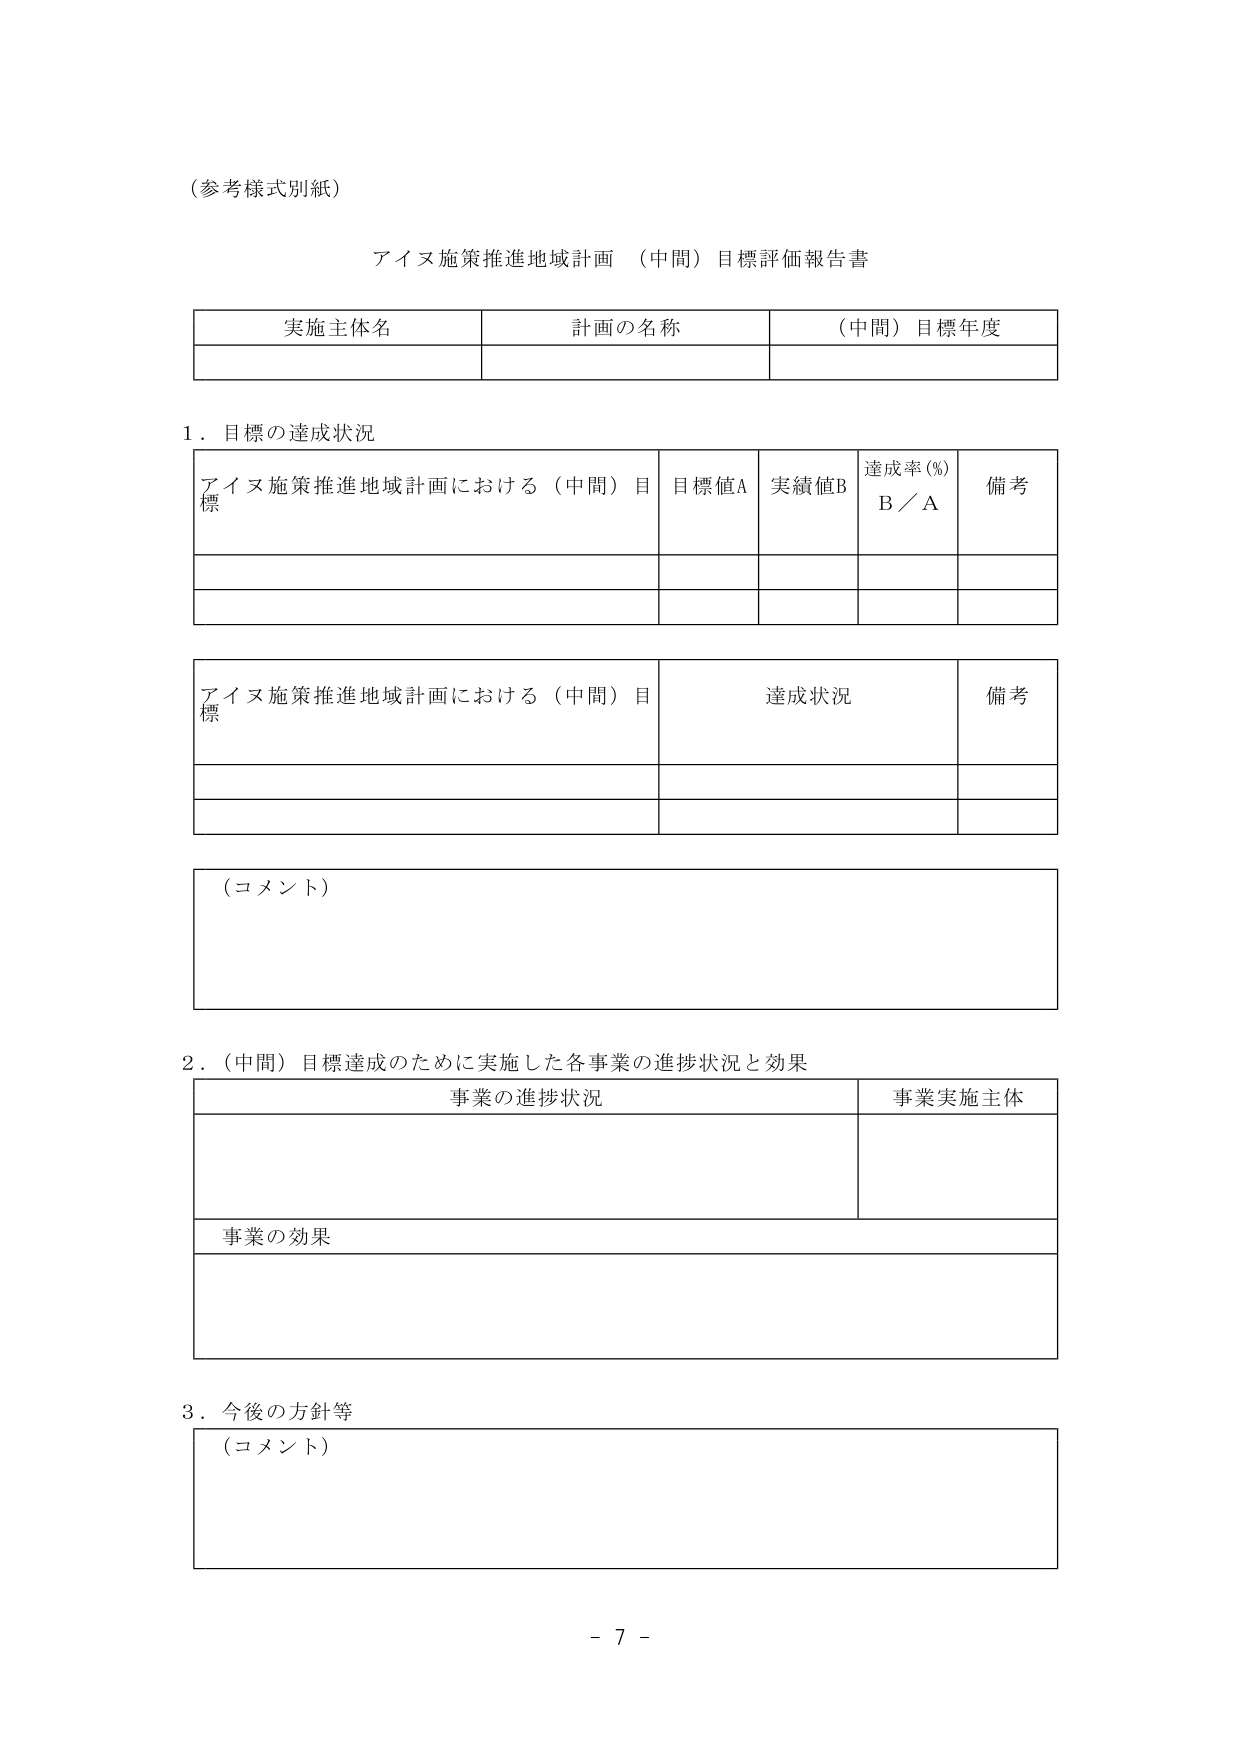
（参考様式別紙）

アイヌ施策推進地域計画 （中間）目標評価報告書

実施主体名　　計画の名称　　（中間）目標年度

1．目標の達成状況

アイヌ施策推進地域計画における（中間）目標　　目標値A　　実績値B　　達成率(%) B／A　　備考

アイヌ施策推進地域計画における（中間）目標　　達成状況　　備考

（コメント）

2．（中間）目標達成のために実施した各事業の進捗状況と効果

事業の進捗状況　　事業実施主体

事業の効果

3．今後の方針等

（コメント）

- 7 -